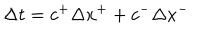
\Delta t = c ^ { + } \Delta x ^ { + } + c ^ { - } \Delta x ^ { - }